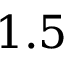
1 . 5